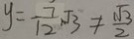
y = \frac { 7 } { 1 2 } \sqrt { 3 } \neq \frac { \sqrt { 3 } } { 2 }